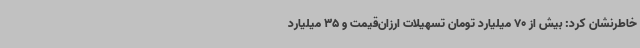
خاطرنشان کرد: بیش از 70 میلیارد تومان تسهیلات ارزان‌قیمت و 35 میلیارد